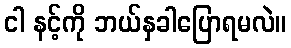
ငါ နင့်ကို ဘယ်နှခါပြောရမလဲ။